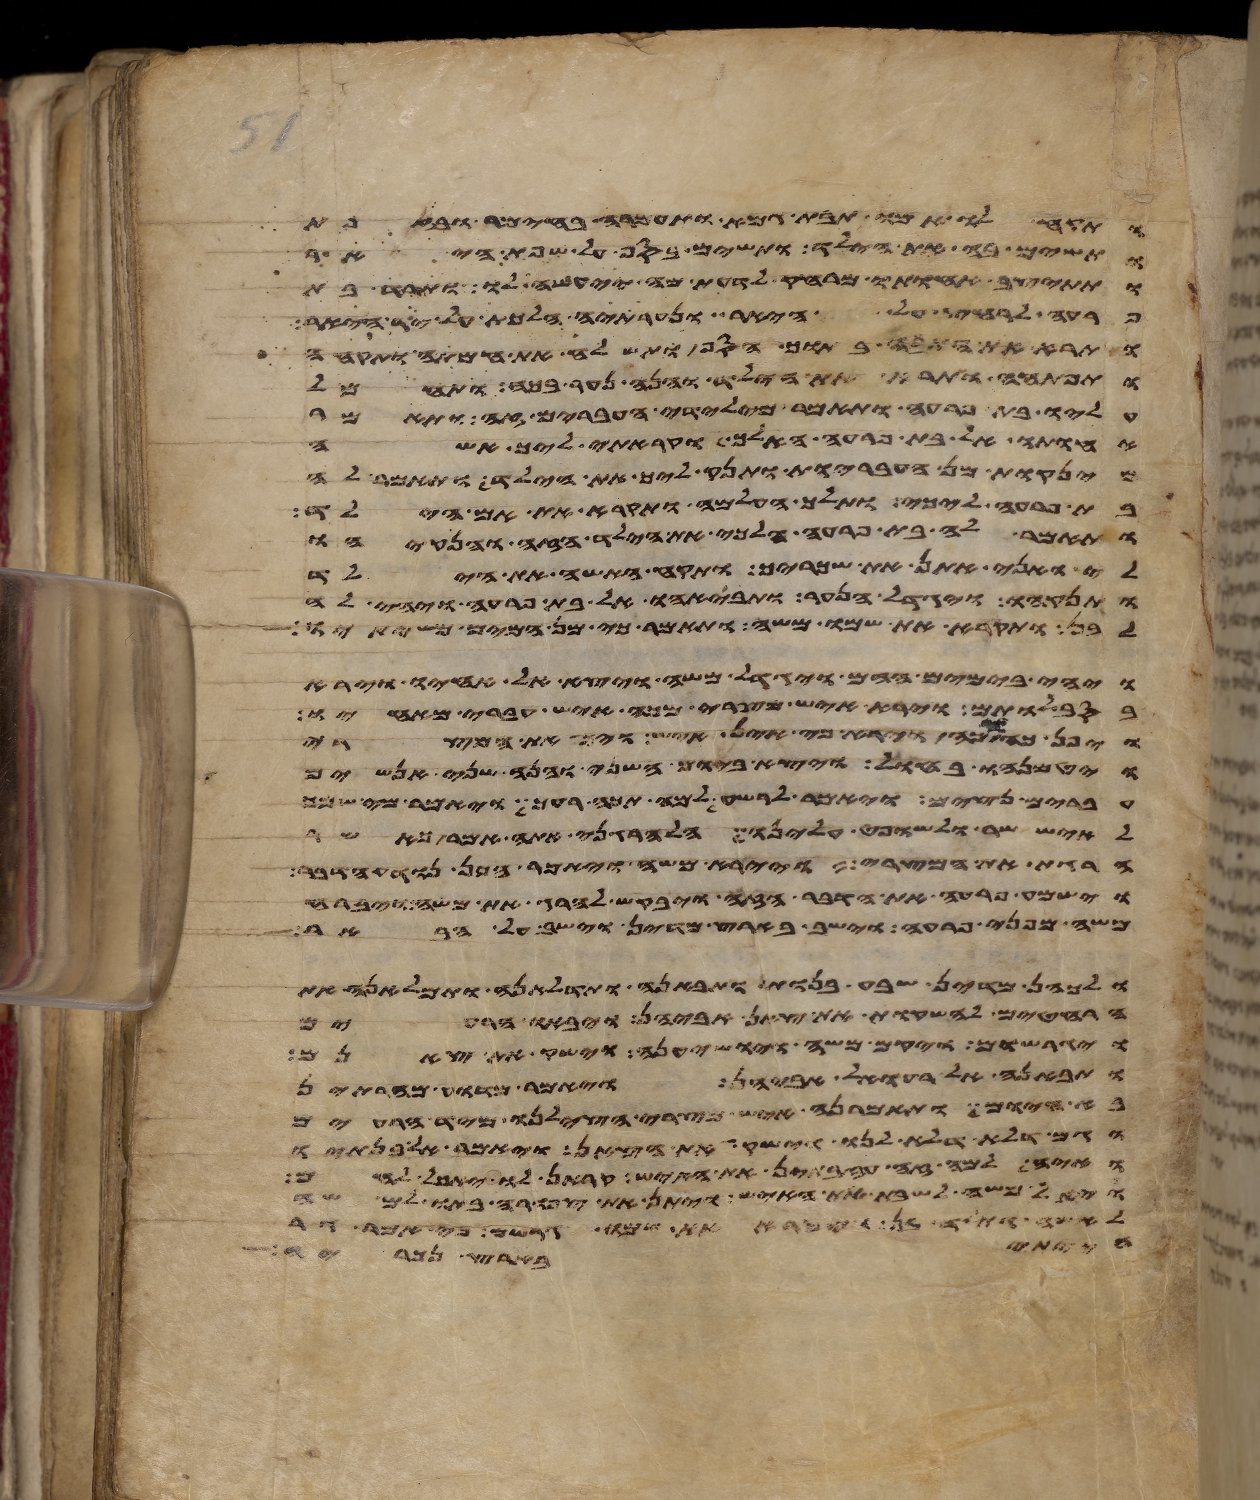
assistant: ותקח לו אמו תבת גמא ותחמרה בחימר ובזפת
ותשם בה את הילד ותשם בסף על שפת היאר
ותתיצב אחותו מרחק לדעת מה יעשה לו ותרד בת
פרעה לרחץ על היאר ונערתיה הלכת על יד היאר
ותרא את התבה בתוך הסף ותשלח את אמתה ותקחה
ותפתחה ותרא את הילד והנה נער בכה ותחמל
עליו בת פרעה ותאמר מילדי העברים זה ותאמר
אחותו אל בת פרעה האלך וקראתי ליך אשה
מינקות מן העבריות ותינק ליך את הילד ותאמר לה
בת פרעה לכי ותלך העלמה ותקרא את אם הילד
ותאמר לה בת פרעה הלכי את הילד הזה והנקהו
לי ואני אתן את שכריך ותקח האשה את הילד
ותינקהו ויגדל הנער ותבאהו אל בת פרעה ויהי לה
לבן ותקרא את שמו משה ותאמר כי מן המים משיתיו
ויהי בימים ההם ויגדל משה ויצא אל אחיו וירא
בסבלותם וירא איש מצרי מכה איש עברי מאחיו
ויפן כה וכה וירא כי אין איש ויך את המצרי
ויטמנהו בחול ויצא ביום השני והנה שני אנשים
עברים נצים ויאמר לרשע למה תכה רעך ויאמר מי שמך
לאיש שר ולשופט עלינו הלהרגני אתה אמר כאשר
הרגת את המצרי ויירא משה ויאמר אכן נודע הדבר
וישמע פרעה את הדבר הזה ויבקש להרג את משה ויברח
משה מפני פרעה וישב בארץ מדין וישב על הבאר
ולכהן מדין שבע בנות ותבאנה ותדלאנה ותמלאנה את
הרחטים להשקות את צאן אביהן ויבאו הרעים
ויגרשום ויקם משה ויושיענה וישק את צאנם
ותבאנה אל רעואל אביהן ויאמר מדוע מהרתן
בא היום ותאמרנה איש מצרי הצילנו מיד הרעים
וגם דלא דלא לנו וישק את הצאן ויאמר אל בנתיו
ואיה למה זה עזבתן את האיש קראן לו ויאכל לחם
ויאל משה לשבת את האיש ויתן את צפורה בתו למשה
לאשה ותלד בן ויקרא את שמו גרשם כי אמר גר
הייתי בארץ נכריה